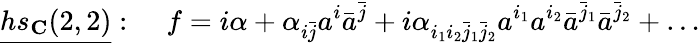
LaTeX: \underline{{{hs_{\mathbf C}(2,2)}}}:\; \; \; \; f=i\alpha+\alpha_{i\bar{j}}a^{i}\bar{a}^{\bar{j}}+i\alpha_{i_{1}i_{2}\bar{j}_{1}\bar{j}_{2}}a^{i_{1}}a^{i_{2}}\bar{a}^{\bar{j}_{1}}\bar{a}^{\bar{j}_{2}}+\ldots